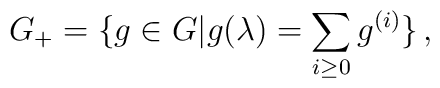
G_{+} = \{g \in G | g(\lambda) = \sum_{i\geq 0} g^{(i)}\}\, ,